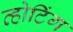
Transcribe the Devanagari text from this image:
व्होटिंग